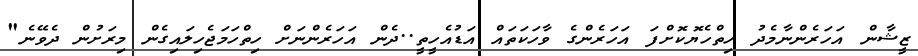
ޒީޝާން އަހަރެންނާމެދު ހިތްހެޔޮކޮށްފަ އަހަރެންގެ ވާހަކަތައް އަޑުއެހީތީ..ދެން އަހަރެންނަށް ހިތްހަމަޖެހިލައިގެން މިރަށުން ދެވޭނެ"